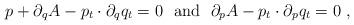
LaTeX: \begin{align*}p+\partial _qA-p_t\cdot \partial _qq_t=0 \ \ {\rm and} \ \ \partial _pA-p_t\cdot \partial _pq_t=0 \ ,\end{align*}